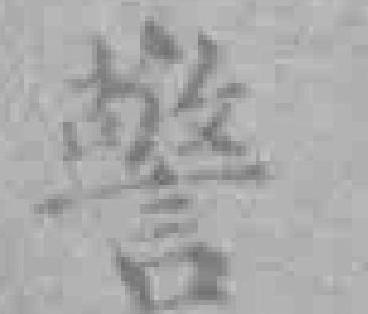
警